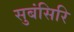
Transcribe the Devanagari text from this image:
सुबंसिरि